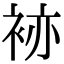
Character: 𧙡